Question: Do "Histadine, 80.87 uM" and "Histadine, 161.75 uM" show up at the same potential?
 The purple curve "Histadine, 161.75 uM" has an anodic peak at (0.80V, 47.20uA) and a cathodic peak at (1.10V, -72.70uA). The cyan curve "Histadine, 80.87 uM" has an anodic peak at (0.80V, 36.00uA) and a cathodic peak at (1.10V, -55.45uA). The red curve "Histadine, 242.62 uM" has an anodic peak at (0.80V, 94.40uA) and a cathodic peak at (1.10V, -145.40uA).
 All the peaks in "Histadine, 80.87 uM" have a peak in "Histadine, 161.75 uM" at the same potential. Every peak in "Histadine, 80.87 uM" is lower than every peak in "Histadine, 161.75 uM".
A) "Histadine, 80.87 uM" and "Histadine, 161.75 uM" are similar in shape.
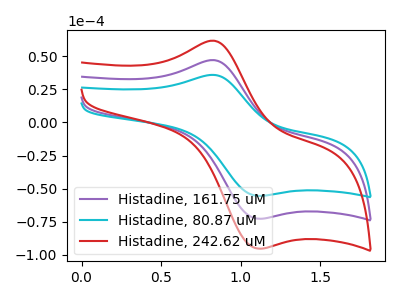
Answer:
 <answer>A) "Histadine, 80.87 uM" and "Histadine, 161.75 uM" are similar in shape.</answer>
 <eval>A</eval>